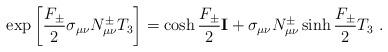
LaTeX: \begin{align*}\exp\left[{F_{\pm}\over 2}\sigma_{\mu\nu}N^{\pm}_{\mu\nu}T_3\right]=\cosh{F_{\pm}\over 2}{\bf I}+\sigma_{\mu\nu}N_{\mu\nu}^{\pm}\sinh{F_{\pm}\over 2}T_3 \ .\end{align*}